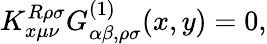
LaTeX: K_{x\mu\nu}^{R\rho\sigma}G_{\alpha\beta,\rho\sigma}^{(1)}(x,y)=0,